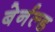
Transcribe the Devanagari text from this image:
बेर्नल्ड